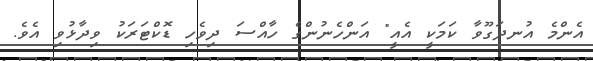
އެންމެ އުނދަގޫވާ ކަމަކީ އެއީ" އަންހެނުންގެ ހާއްސަ ދިވެހި ޑޮކްޓަރަކު ވިދާޅުވި އެވެ.